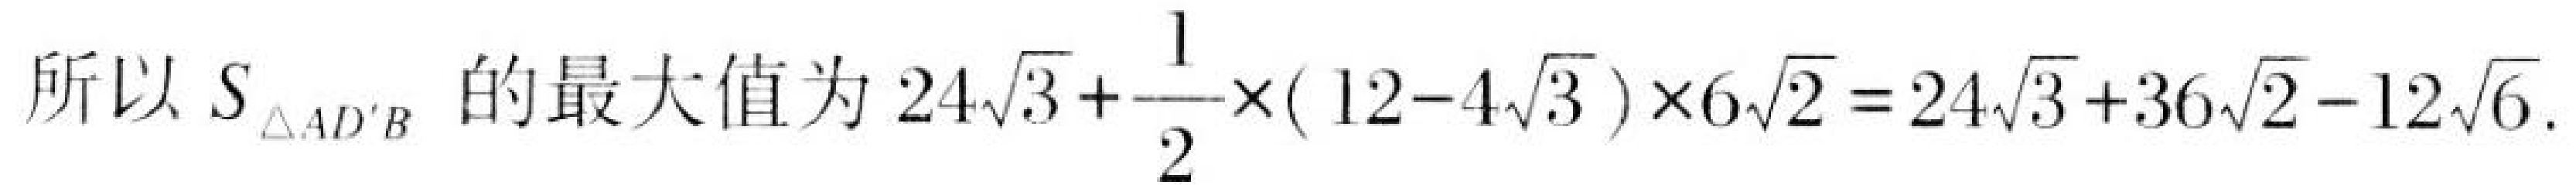
所以 \(S_{\triangle AD'B}\) 的最大值为 \(24\sqrt{3}+\dfrac{1}{2}\times(12 - 4\sqrt{3})\times6\sqrt{2}=24\sqrt{3}+36\sqrt{2}-12\sqrt{6}\).